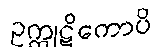
ဥက္ကုဋိကောပိ